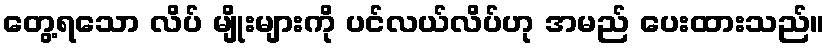
တွေ့ရသော လိပ် မျိုးများကို ပင်လယ်လိပ်ဟု အမည် ပေးထားသည်။